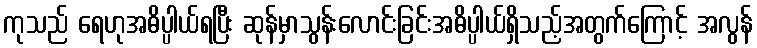
ကုသည် ရေဟုအဓိပ္ပါယ်ရပြီး ဆုန်မှာသွန်းလောင်းခြင်းအဓိပ္ပါယ်ရှိသည့်အတွက်ကြောင့် အလွန်